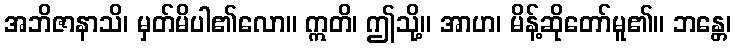
အဘိဇာနာသိ၊ မှတ်မိပါ၏လော။ ဣတိ၊ ဤသို့။ အာဟ၊ မိန့်ဆိုတော်မူ၏။ ဘန္တေ၊